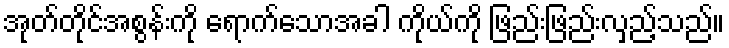
အုတ်တိုင်အစွန်းကို ရောက်သောအခါ ကိုယ်ကို ဖြည်းဖြည်းလှည့်သည်။